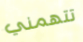
تتهمني